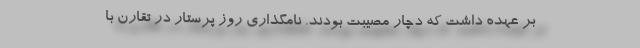
بر عهده داشت که دچار مصیبت بودند. نامگذاری روز پرستار در تقارن با